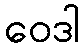
ဝေဒါ